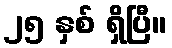
၂၅ နှစ် ရှိပြီ။